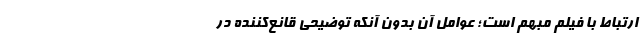
ارتباط با فیلم مبهم است؛ عوامل آن بدون آنکه توضیحی قانع‌کننده در